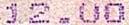
12.00